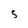
Character: 3